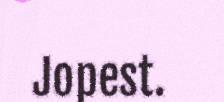
Jopest.